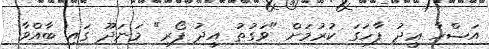
އަޟްހާ ޢީދު ފާހަގަ ކުރުމަށް "ވަގުތު އީދު ފޯރި" މަނަދޫ ގައި ބާއްވާ